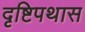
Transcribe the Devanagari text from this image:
दृष्टिपथास